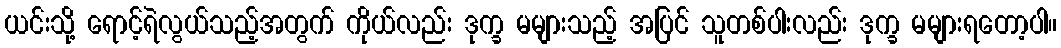
ယင်းသို့ ရောင့်ရဲလွယ်သည့်အတွက် ကိုယ်လည်း ဒုက္ခ မများသည့် အပြင် သူတစ်ပါးလည်း ဒုက္ခ မများရတော့ပါ။